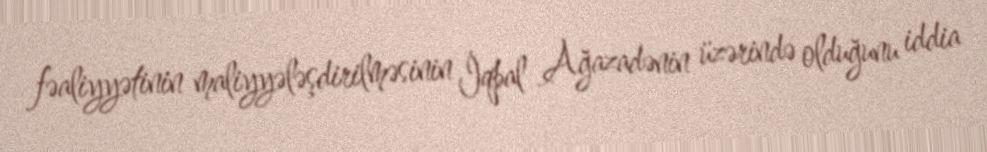
fəaliyyətinin maliyyələşdirilməsinin İqbal Ağazadənin üzərində olduğunu iddia